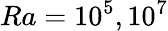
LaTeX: Ra=10^{5},10^{7}